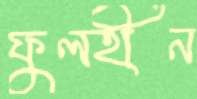
ফুলহীন